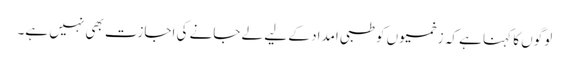
لوگوں کا کہنا ہے کہ زخمیوں کو طبی امداد کے لیے لے جانے کی اجازت بھی نہیں ہے۔